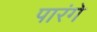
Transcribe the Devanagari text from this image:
पारंगे